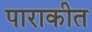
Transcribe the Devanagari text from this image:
पाराकीत